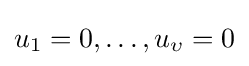
u_{1}=0,\dots ,u_{\upsilon }=0